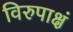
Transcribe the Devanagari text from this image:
विरुपाक्षं